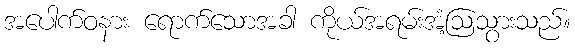
အပေါက်ဝနား ရောက်သောအခါ ကိုယ်အရမ်းအံ့ဩသွားသည်။